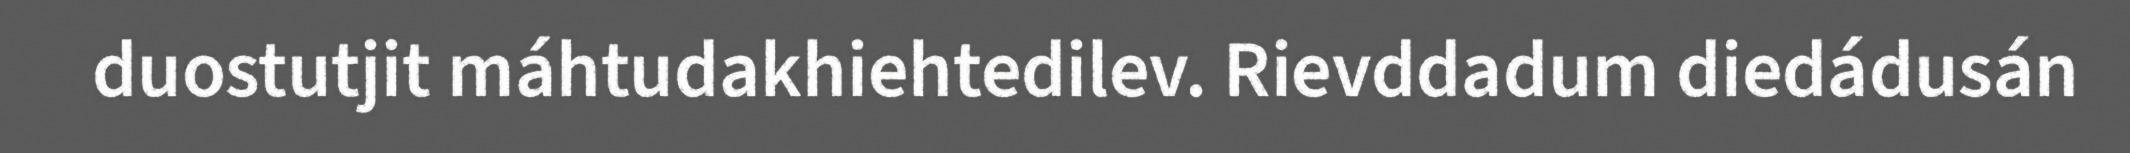
duostutjit máhtudakhiehtedilev. Rievddadum diedádusán